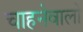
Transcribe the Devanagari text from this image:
चाहनेवालो